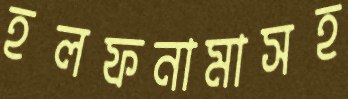
হলফনামাসহ